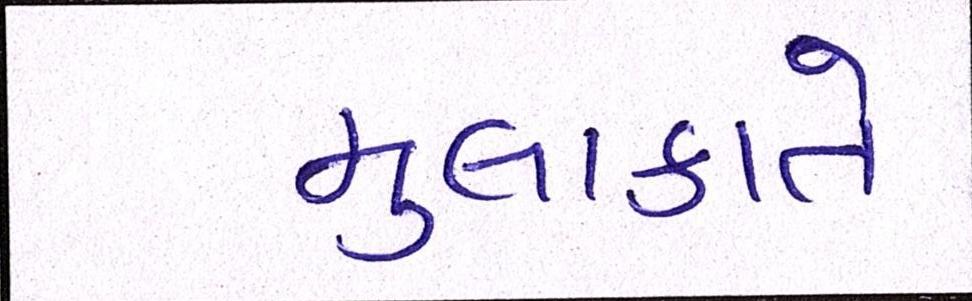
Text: મુલાકાતે